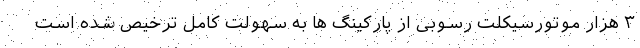
۳ هزار موتورسیکلت رسوبی از پارکینگ ها به سهولت کامل ترخیص شده است